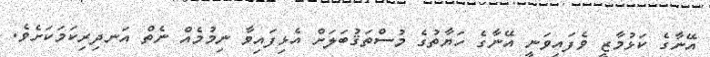
އޭނާގެ ކަޅުމާޒީ ވެފައިވަނީ އޭނާގެ ހަޔާތުގެ މުސްތަޤުބަލަށް އެޅިފައިވާ ނިމުމެއް ނެތް އަނދިރިކަމަކަށެވެ.